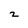
Character: 2